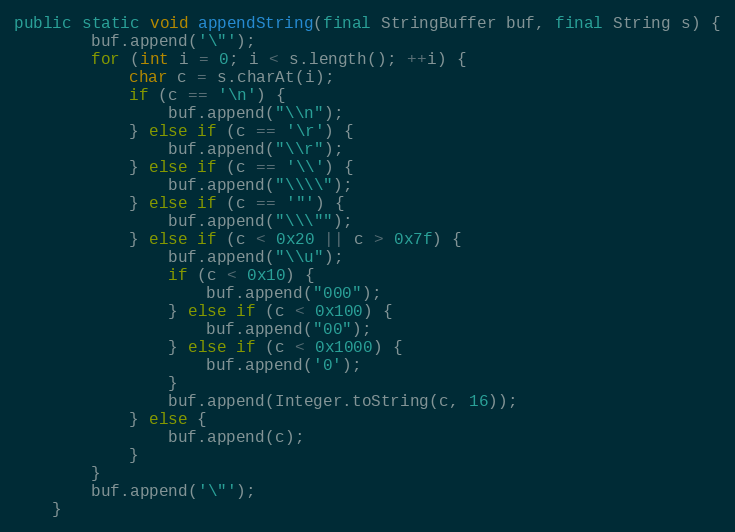
Language: Java
public static void appendString(final StringBuffer buf, final String s) {
        buf.append('\"');
        for (int i = 0; i < s.length(); ++i) {
            char c = s.charAt(i);
            if (c == '\n') {
                buf.append("\\n");
            } else if (c == '\r') {
                buf.append("\\r");
            } else if (c == '\\') {
                buf.append("\\\\");
            } else if (c == '"') {
                buf.append("\\\"");
            } else if (c < 0x20 || c > 0x7f) {
                buf.append("\\u");
                if (c < 0x10) {
                    buf.append("000");
                } else if (c < 0x100) {
                    buf.append("00");
                } else if (c < 0x1000) {
                    buf.append('0');
                }
                buf.append(Integer.toString(c, 16));
            } else {
                buf.append(c);
            }
        }
        buf.append('\"');
    }